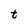
Character: t